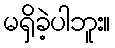
မရှိခဲ့ပါဘူး။